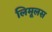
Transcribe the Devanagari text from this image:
लिमूलस